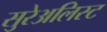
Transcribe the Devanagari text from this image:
सुरेअलिस्ट